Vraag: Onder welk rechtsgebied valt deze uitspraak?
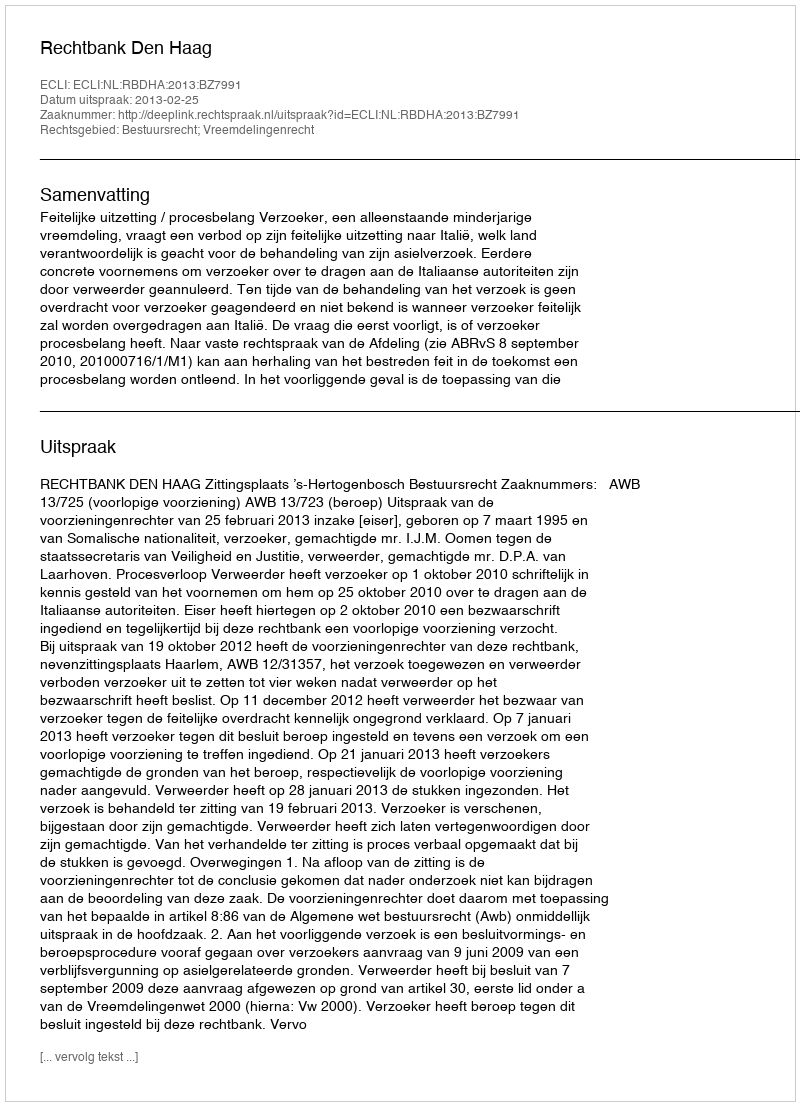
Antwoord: Bestuursrecht; Vreemdelingenrecht